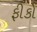
ફીકો